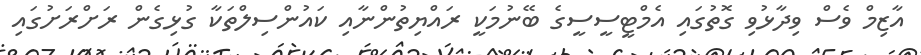
އާޒިމް ވެސް ވިދާޅުވި ގޮތުގައި އެމްޓީސީސީގެ ބޭނުމަކީ ރައްޔިތުންނާއި ކައުންސިލްތަކާ ގުޅިގެން ރަށްރަށުގައި